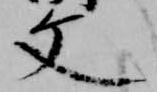
文